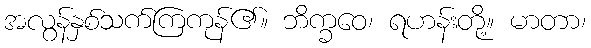
အလွန်နှစ်သက်ကြကုန်၏။ ဘိက္ခဝေ၊ ရဟန်းတို့။ မာတာ၊